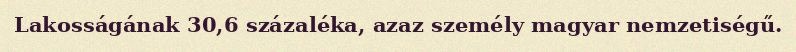
Lakosságának 30,6 százaléka, azaz személy magyar nemzetiségű.